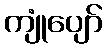
ကျုံပျော်